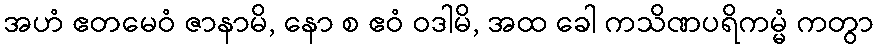
အဟံ ဧတမေဝံ ဇာနာမိ, နော စ ဧဝံ ဝဒါမိ, အထ ခေါ ကသိဏပရိကမ္မံ ကတွာ